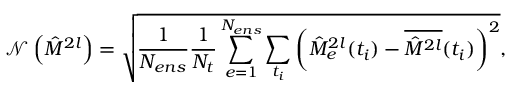
\mathcal { N } \left( \hat { M } ^ { 2 l } \right) = \sqrt { \frac { 1 } { N _ { e n s } } \frac { 1 } { N _ { t } } \sum _ { e = 1 } ^ { N _ { e n s } } \sum _ { t _ { i } } \left( \hat { M } _ { e } ^ { 2 l } ( t _ { i } ) - \overline { { \hat { M } ^ { 2 l } } } ( t _ { i } ) \right) ^ { 2 } } ,